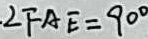
\angle F A E = 9 0 ^ { \circ }